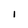
Character: I